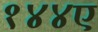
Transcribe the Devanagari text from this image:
१४४ए